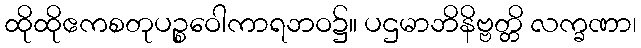
ထိုထိုဧကစတုပဉ္စဝေါကာရဘဝ၌။ ပဌမာဘိနိဗ္ဗတ္တိ လက္ခဏာ၊